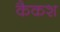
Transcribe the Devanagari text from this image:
कैकश